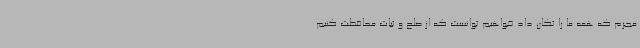
مجرم که همه ما را تکان داد خواهیم توانست که از صلح و ثبات محافظت کنیم.